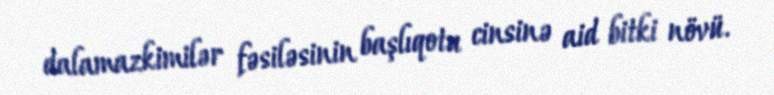
dalamazkimilər fəsiləsinin başlıqotu cinsinə aid bitki növü.